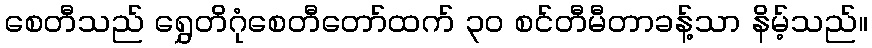
စေတီသည် ရွှေတိဂုံစေတီတော်ထက် ၃၀ စင်တီမီတာခန့်သာ နိမ့်သည်။